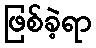
ဖြစ်ခဲ့ရာ